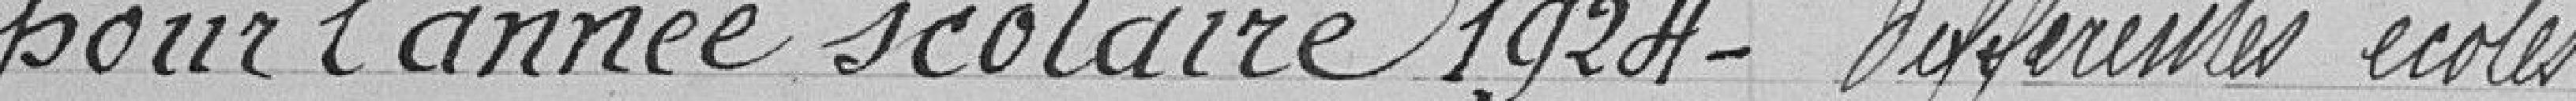
pour l'année scolaire 1924 - différentes écoles